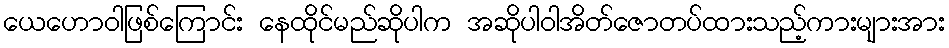
ယေဟောဝါဖြစ်ကြောင်း နေထိုင်မည်ဆိုပါက အဆိုပါဝါအိတ်ဇောတပ်ထားသည့်ကားများအား